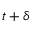
t + \delta